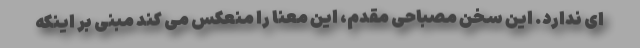
ای ندارد. این سخن مصباحی مقدم، این معنا را منعکس می کند مبنی بر اینکه